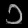
Digit: ၁